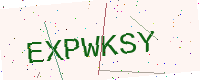
Text: EXPWKSY